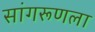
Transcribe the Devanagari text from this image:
सांगरूणला